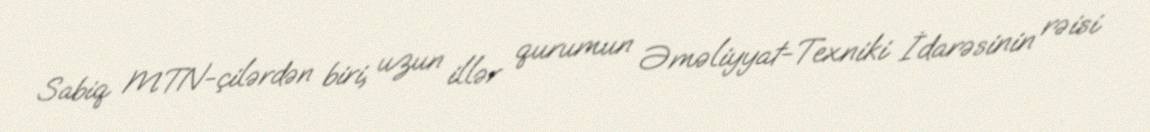
Sabiq MTN-çilərdən biri, uzun illər qurumun Əməliyyat-Texniki İdarəsinin rəisi